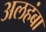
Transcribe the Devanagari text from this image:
अलहंबा